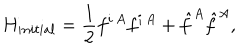
LaTeX: H _ { i n i t i a l } = \frac { 1 } { 2 } f ^ { i \, A } f ^ { i \, A } + \hat { f } ^ { A } \hat { f } ^ { A } ,